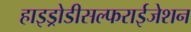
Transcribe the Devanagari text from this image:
हाइड्रोडीसल्फराईजेशन